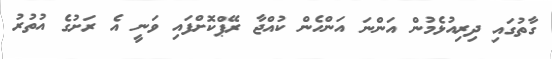
ގާތުގައި ދިރިއުޅެމުން އަންނަ އަންހެން ކުއްޖާ ރޭޕްކޮށްފައި ވަނީ އެ ރަށުގެ އުތުރު